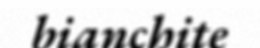
bianchite